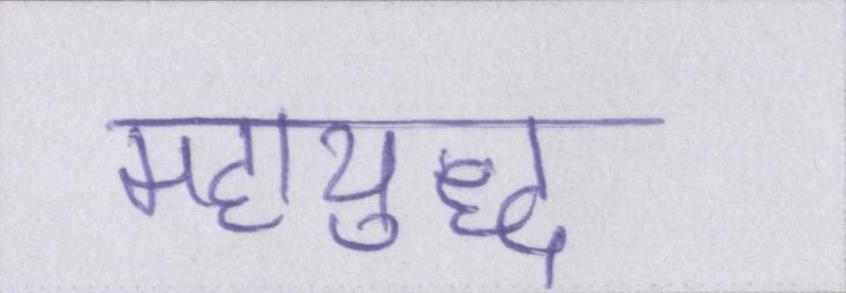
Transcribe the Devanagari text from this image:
महायुद्ध